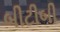
બીટીબી